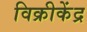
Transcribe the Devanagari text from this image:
विक्रीकेंद्र